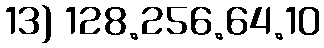
13) 128.256.64.10